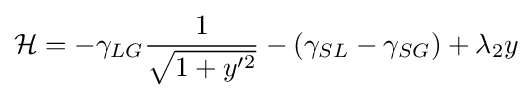
{\cal {H}}=-\gamma _{LG}{\frac {1}{\sqrt {1+y'^{2}}}}-(\gamma _{SL}-\gamma _{SG})+\lambda _{2}y